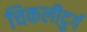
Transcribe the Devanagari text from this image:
चिकलीदुर्ग